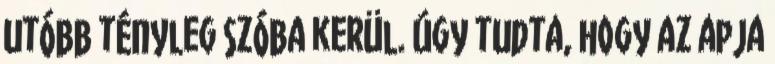
utóbb tényleg szóba kerül. Úgy tudta, hogy az apja